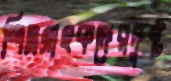
শিল্পগ্রাহকদেরদুষ্ট